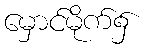
မှောင်မိုက်၌